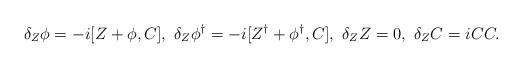
LaTeX: \begin{align*}\delta_Z\phi=-i[Z+\phi,C],\ \delta_Z\phi^\dag=-i[Z^\dag+\phi^\dag,C],\ \delta_ZZ=0,\ \delta_ZC=iCC.\end{align*}